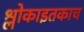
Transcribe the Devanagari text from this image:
श्लोकाइतकाच